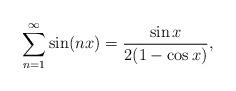
LaTeX: \begin{align*}\sum_{n=1}^\infty\sin(nx)=\frac{\sin x}{2(1-\cos x)}, \end{align*}